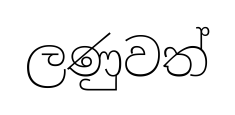
ලණුවත්